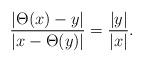
LaTeX: \begin{align*}\frac{|\Theta(x)-y|}{|x-\Theta(y)|}=\frac{|y|}{|x|}.\end{align*}